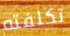
تكلفته